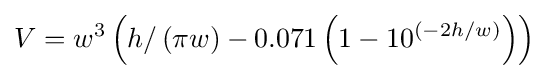
V=w^{3}\left(h/\left(\pi w\right)-0.071\left(1-10^{\left(-2h/w\right)}\right)\right)